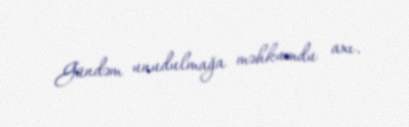
Gündəm unudulmağa məhkumdu axı.